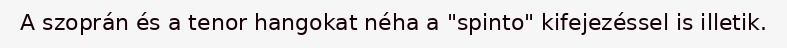
A szoprán és a tenor hangokat néha a "spinto" kifejezéssel is illetik.